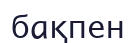
бақпен